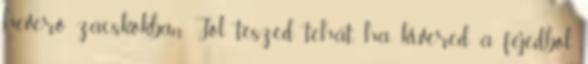
heverő zacskókban. Jól teszed tehát, ha kivered a fejedből